Annual administration report of the Civil Veterinary Department of India - 1902-1903
Year: 1902
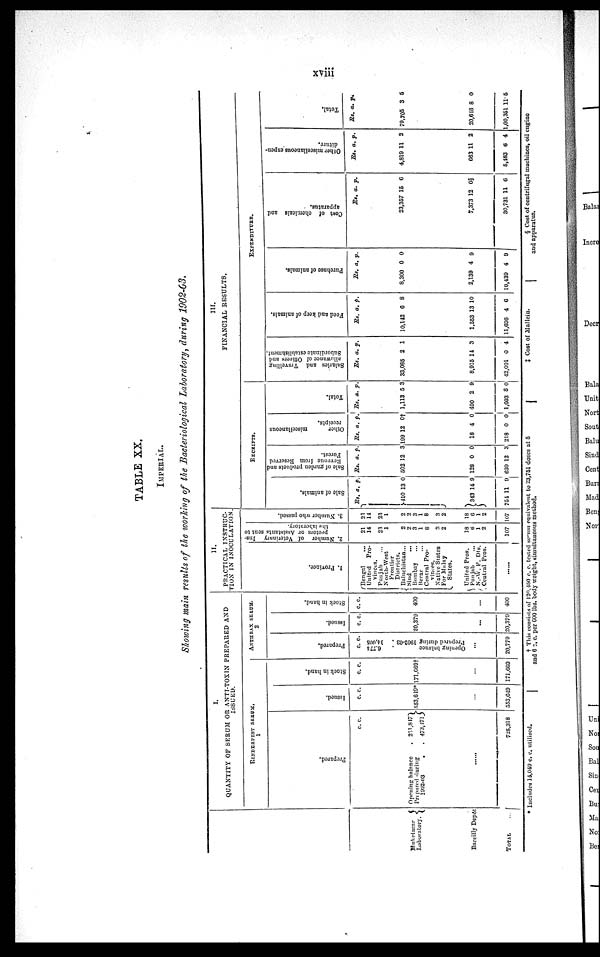
xviii
TABLE XX.
IMPERIAL.
Showing main results of the working of the Bacteriological Laboratory, during 1902-63.
Mukelasar
Laboratory
Bareilly Depôt
TOTAL ...
I.
QUANTITY OF SERUM OR ANTI-TOXIN PREPARED AND
ISSUED.
RINDERPEST SERUM.
1
Prepared.
c. c.
Opening balance
. 231,817
Prepared during
1902-03
.
. 473,171
......
725,318
Issued.
c. c.
553,619*
...
553,649
Stock in hand.
c. c.
171,669†
...
171,669
ANTHRAX SERUM.
2
Prepared.
c. c.
6,774
Opening balance
14,005
Prepaid during 1902-03
...
20,779
Issued.
c. c.
20,379
...
20,379
Stock in hand.
c. c.
400
...
400
II.
PRACTICAL INSTRUC-
TION IN INOCULATION.
I. Pr ovi nce.
Bengal ...
United
Pro-
vinces.
Punjab ...
North-West
Frontier
Districts.
J Baluchistan...
Sind ...
Bombay ...
Berar ...
Central Pro-
vinces.
Native States
For Malay
States.
United Pros.
Punjab ...
N.-W. F. Dts.
Central Pros.
......
2. Number of Veterinary Ins-
pectors or Assistants sent to
the laboratory.
21
14
23
1
2
2
3
1
8
3
2
18
6
1
2
107
3. Nu mb e r who passed.
21
14
23
1
2
2
3
1
8
3
2
18
6
1
2
107
III.
FINANCIAL RESULTS.
RECEIPTS.
Sal e of animals.
Rs.
410
343
754
a.
13
14
11
p.
0
9
9
Sal e of garden products and
Re ve nue f
r
om Re s e r
ve d
For est .
Rs.
502
128
630
a.
12
0
12
p.
3
0
3
Other miscellaneous
receipts.
Rs.
199
18
218
a.
12
4
0
p.
0†
0
0
Total.
Rs.
1,113
490
1,603
a.
5
2
8
p.
3
9
0
EXPENDITURE.
Salaries and Travelling
allowance of Officers and
Subordinate establishment.
Rs.
33,085
8,915
42,001
a.
2
14
0
p.
1
3
4
Feed and keep of animals.
Rs.
10,142
1,553
11,696
a.
6
13 1
4 6
p.
8
0
Purchase of animals.
Rs.
8,300
2,139
10,439
a.
0
4
4
p.
0
9
9
Cost of chemicals and
apparatus.
Rs
23,357
7,373
30,731
. a.
15
12
11
p.
6
0§
6
Ot her m i s c e l l a n e o u s expen-
di t ur e.
Rs.
4,819
663
5,483
a.
11
11
6
p.
2
2
4
Tot al .
Rs.
79,705
20,616
1,00,351
a.
3
8
11.
p.
5
0
5
* Includes 14,049 c. c. utilised.
† This consists of 120, 450 c. c. tested serum equivalent to 23,751 doses at 5
and 6 c. c. per 600 lbs. body weight, simultaneous method.
‡ Cost of Mallein.
§ Cost of centrifugal machines, oil engine
and apparatus.